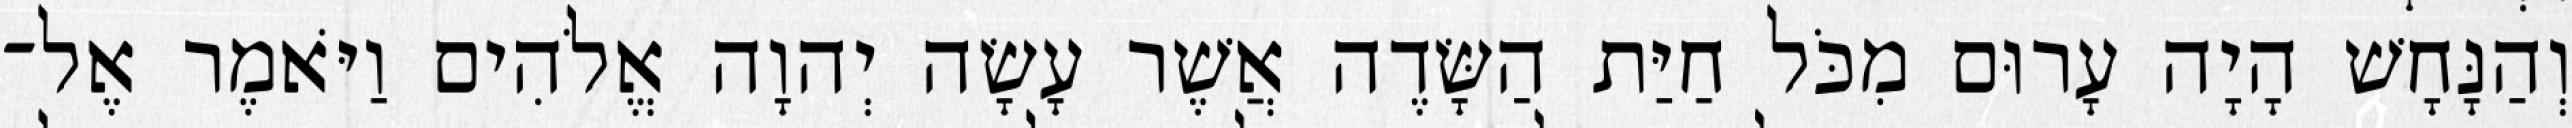
וְהַנָּחָשׁ הָיָה עָרוּם מִכֹּל חַיַּת הַשָּׂדֶה אֲשֶׁר עָשָׂה יְהוָה אֱלֹהִים וַיֹּאמֶר אֶל־